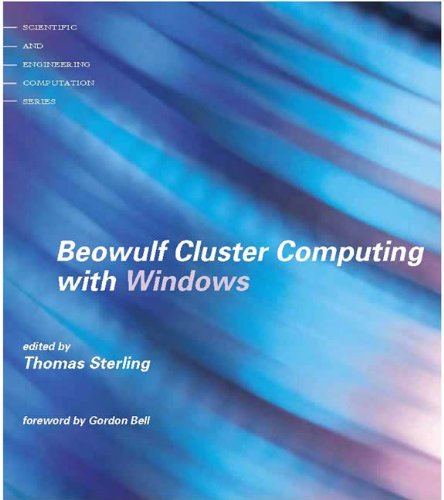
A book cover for Beowulf Cluster Computing with Windows (Scientific and Engineering Computation); Thomas Sterling; Computers & Technology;